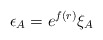
\begin{align*}\epsilon_A = e^{f(r)} \xi_A\end{align*}